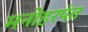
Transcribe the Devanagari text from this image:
मनोहरपंत